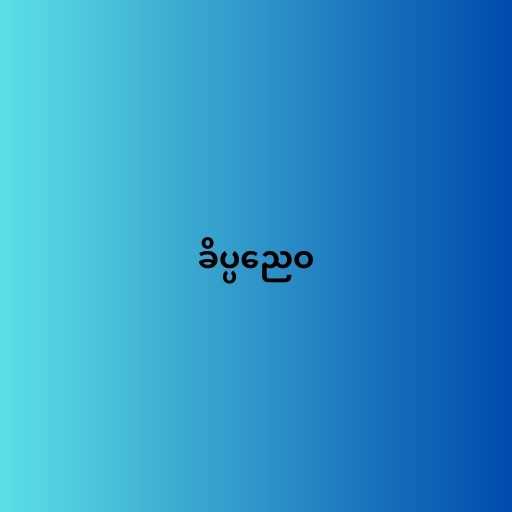
ခိပ္ပညေဝ